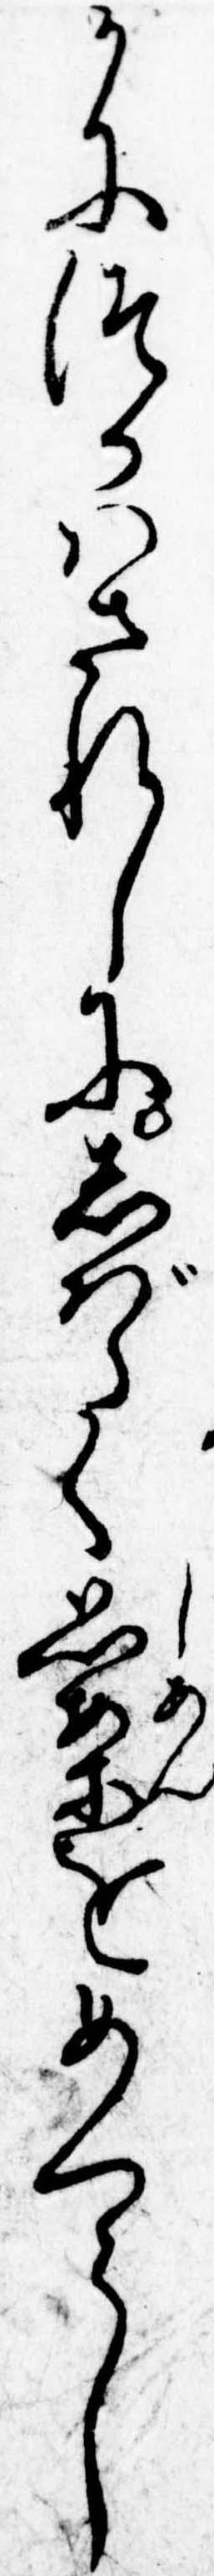
かにつかはされしにしばらく思案をめくらし